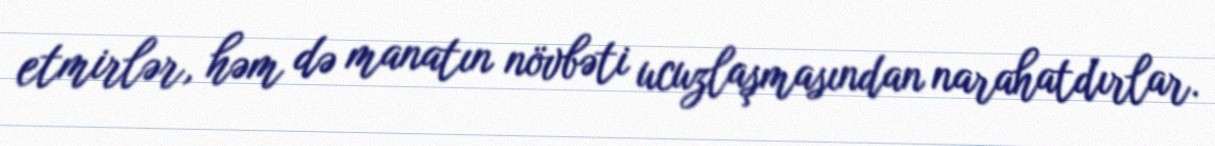
etmirlər, həm də manatın növbəti ucuzlaşmasından narahatdırlar.